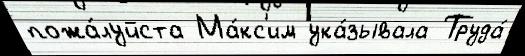
пожа́луйста Ма́кс'им ука́зывала Труда́